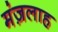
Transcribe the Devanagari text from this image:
मंज़लाह